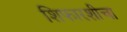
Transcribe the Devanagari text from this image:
शिफारशीचा